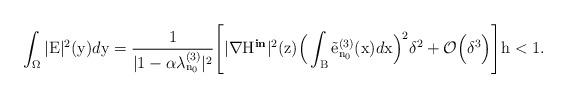
LaTeX: \begin{align*}\int_{\Omega}|\mathrm{E}|^2(\mathrm{y})d\mathrm{y} = \dfrac{1}{ |1 - \alpha\lambda^{(3)}_{\mathrm{n}_{0}}|^2}\Bigg[|\nabla\mathrm{H}^{\textbf{in}}|^2(\mathrm{z})\Big(\int_\mathrm{B}\Tilde{\mathrm{e}}^{(3)}_{\mathrm{n}_{0}}(\mathrm{x})d\mathrm{x}\Big)^2\delta^2 + \mathcal{O}\Big(\delta^{3}\Big)\Bigg] \mathrm{h}<1.\end{align*}